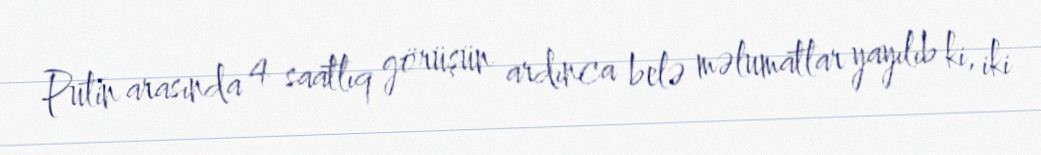
Putin arasında 4 saatlıq görüşün ardınca belə məlumatlar yayılıb ki, iki